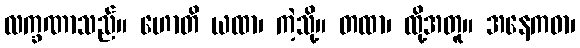
လက္ခဏာသည်။ ဟောတိ ယထာ၊ ကဲ့သို့။ တထာ၊ ထို့အတူ။ အနေကဓာ၊